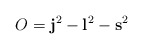
\begin{align*}O={\bf j}^2-{\bf l}^2-{\bf s}^2\end{align*}